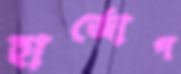
হার্জোগ